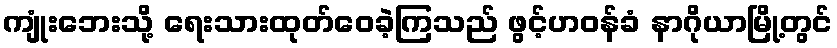
ကျုံးဘေးသို့ ရေးသားထုတ်ဝေခဲ့ကြသည် ဖွင့်ဟဝန်ခံ နာဂိုယာမြို့တွင်